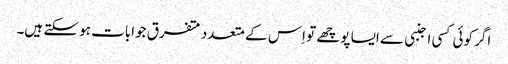
اگر کوئی کسی اجنبی سے ایسا پوچھے تو اِس کے متعدد متفرق جوابات ہو سکتے ہیں۔